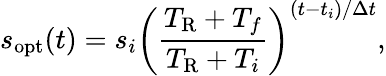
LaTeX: s_{\mathrm{opt}}(t)=s_{i}\left(\frac{T_{\mathrm{R}}+T_{f}}{T_{\mathrm{R}}+T_{i}}\right)^{(t-t_{i})/\Delta t},